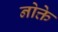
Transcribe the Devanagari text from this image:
नोक्ते